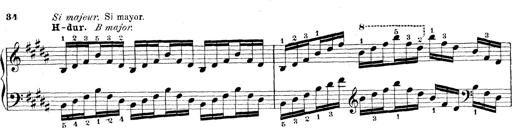
Title: Technische Studien
Composer: Franz Liszt